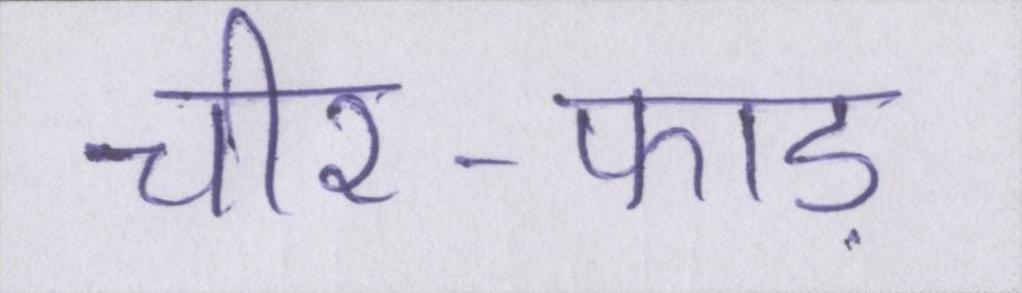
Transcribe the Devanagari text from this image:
चीर-फाड़